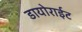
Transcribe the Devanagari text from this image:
डायोराईट